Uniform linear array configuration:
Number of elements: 24
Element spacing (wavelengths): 0.5
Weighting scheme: binomial
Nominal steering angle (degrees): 0
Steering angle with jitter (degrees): -1.521
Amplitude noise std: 0.05
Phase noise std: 0.05

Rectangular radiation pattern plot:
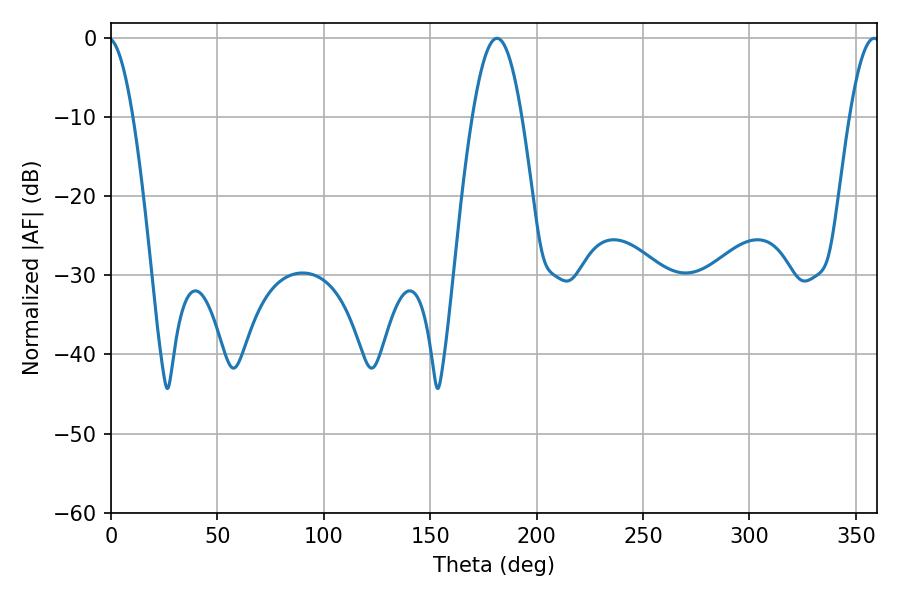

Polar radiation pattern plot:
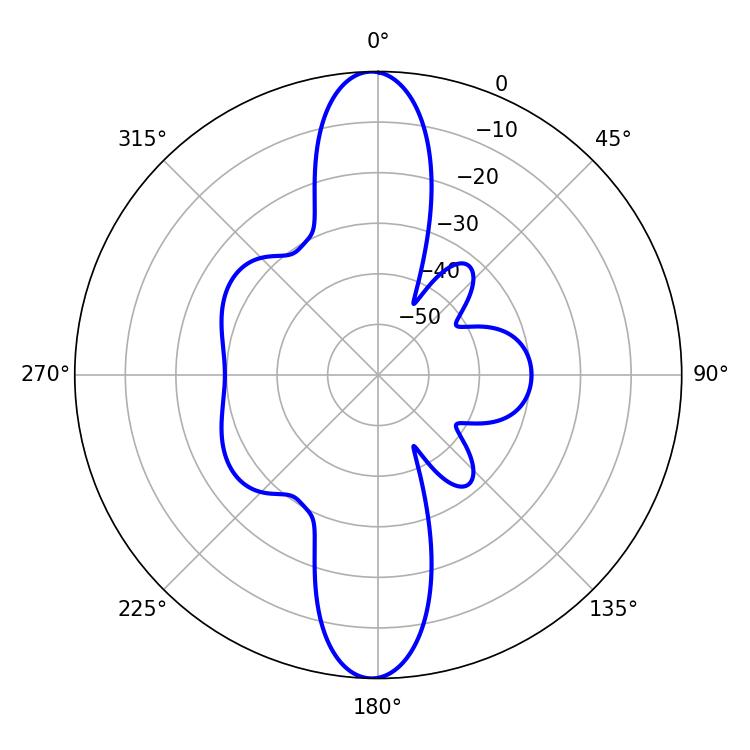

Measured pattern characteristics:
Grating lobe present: FALSE
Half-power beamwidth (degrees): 12.6
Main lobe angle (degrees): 181.44